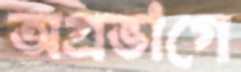
অগ্রভাগে